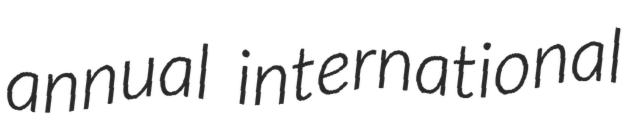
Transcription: annual international